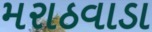
મરાઠવાડા